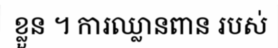
ខ្លួន ។ ការឈ្លានពាន របស់